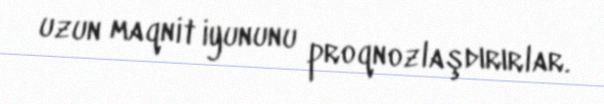
uzun maqnit iyununu proqnozlaşdırırlar.